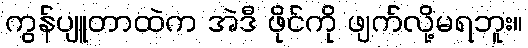
ကွန်ပျူတာထဲက အဲဒီ ဖိုင်ကို ဖျက်လို့မရဘူး။